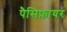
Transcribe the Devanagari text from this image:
पैसिफ़ायर